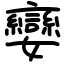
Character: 孌